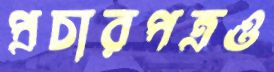
প্রচারপত্রও